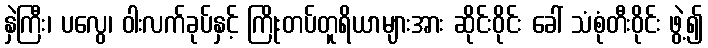
နှဲကြီး၊ ပလွေ၊ ဝါးလက်ခုပ်နှင့် ကြိုးတပ်တူရိယာများအား ဆိုင်းဝိုင်း ခေါ် သံစုံတီးဝိုင်း ဖွဲ့၍